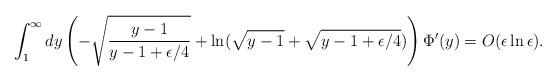
LaTeX: \begin{align*}\int_1^\infty dy \left(-\sqrt{\frac{y-1}{y-1+\epsilon/4}}+\ln (\sqrt{y-1}+\sqrt{y-1+\epsilon/4})\right)\Phi'(y)=O(\epsilon\ln\epsilon).\end{align*}